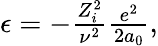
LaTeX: \begin{array}{r}{\epsilon=-\frac{Z_{i}^{2}}{\nu^{2}}\frac{e^{2}}{2a_{0}},}\end{array}